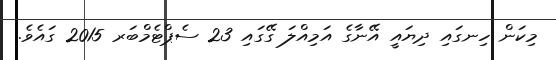
މިކަން ހިނގައި ދިޔައީ އޭނާގެ އަމިއްލަ ގޭގައި 23 ސެޕްޓެމްބަރ 2015 ގައެވެ.